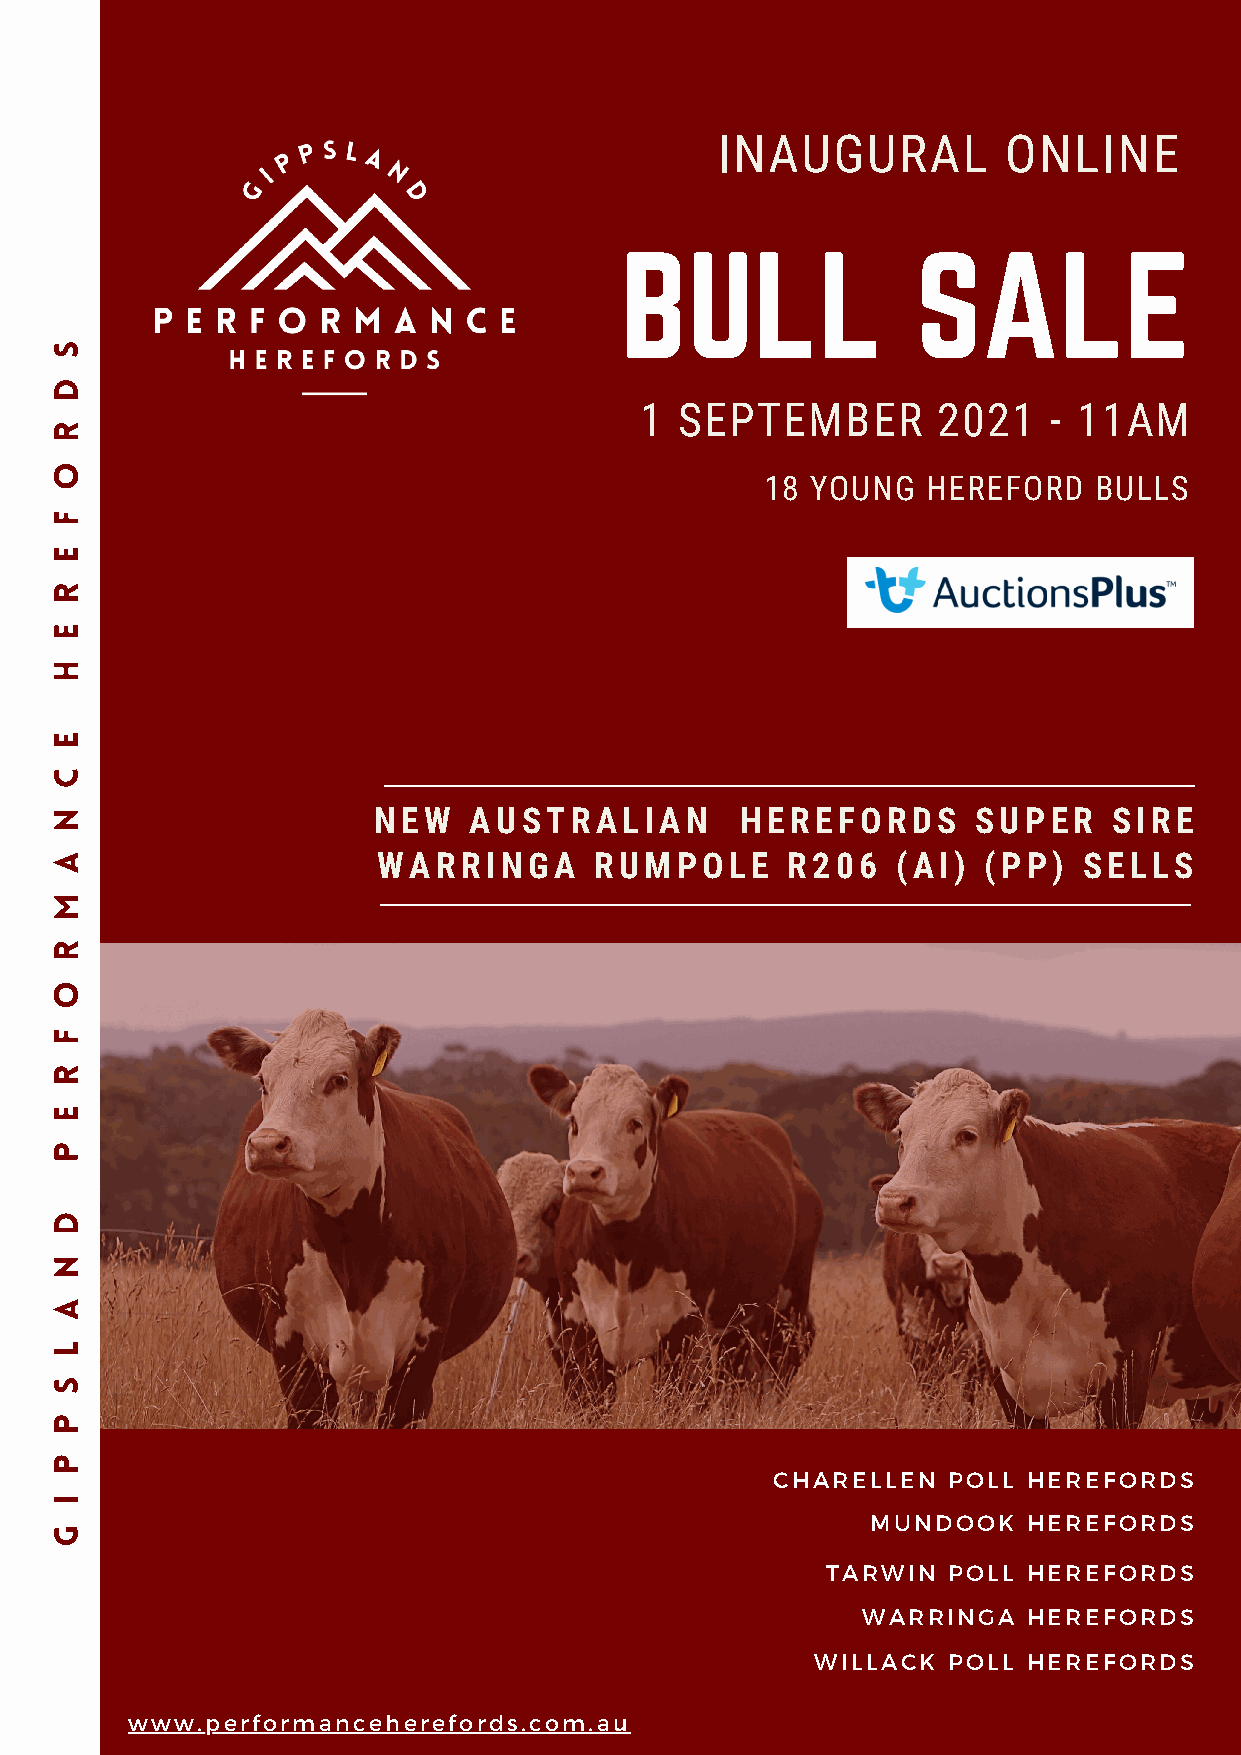
INAUGURAL           ONLINE
 BULL                SALE
 S
 D
 1  SEPTEMBER        2021    - 11AM
 R
 O
 18 YOUNG  HEREFORD   BULLS
 F
 E
 R
 E
 H
 E
 C
 N                     NEW   AUSTRALIAN        HEREFORDS       SUPER    SIRE
 A                     WARRINGA      RUMPOLE      R206   (AI)  (PP)   SELLS
 M
 R
 O
 F
 R
 E
 P
 D
 N
 A
 L
 S
 P
 P
 CHARELLEN   POLL HEREFORDS
 I
 MUNDOOK   HEREFORDS
 G
 TARWIN  POLL HEREFORDS
 WARRINGA   HEREFORDS
 WILLACK  POLL HEREFORDS
 www.performanceherefords.com.au